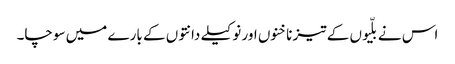
اس نے بلّیوں کے تیز ناخنوں اور نوکیلے دانتوں کے بارے میں سوچا۔